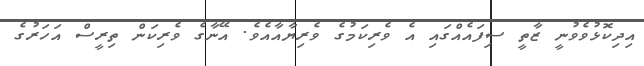
އިދިކޮޅުވެވުނީ ޒާތީ ސިފައެއްގައި އެ ވެރިކަމުގެ ވެރިޔާއާއެވެ. އޭނާގެ ވެރިކަން ތިރީސް އަހަރުގެ